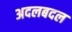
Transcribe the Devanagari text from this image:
अदलबदल